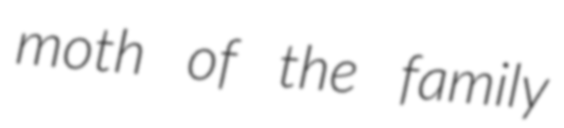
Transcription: moth of the family